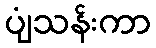
ပျံသန်းကာ